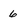
Character: 6